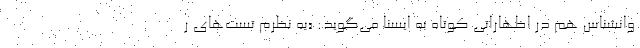
وانشناس هم در اظهاراتی کوتاه به ایسنا می‌گوید: «به نظرم تست‌های ر